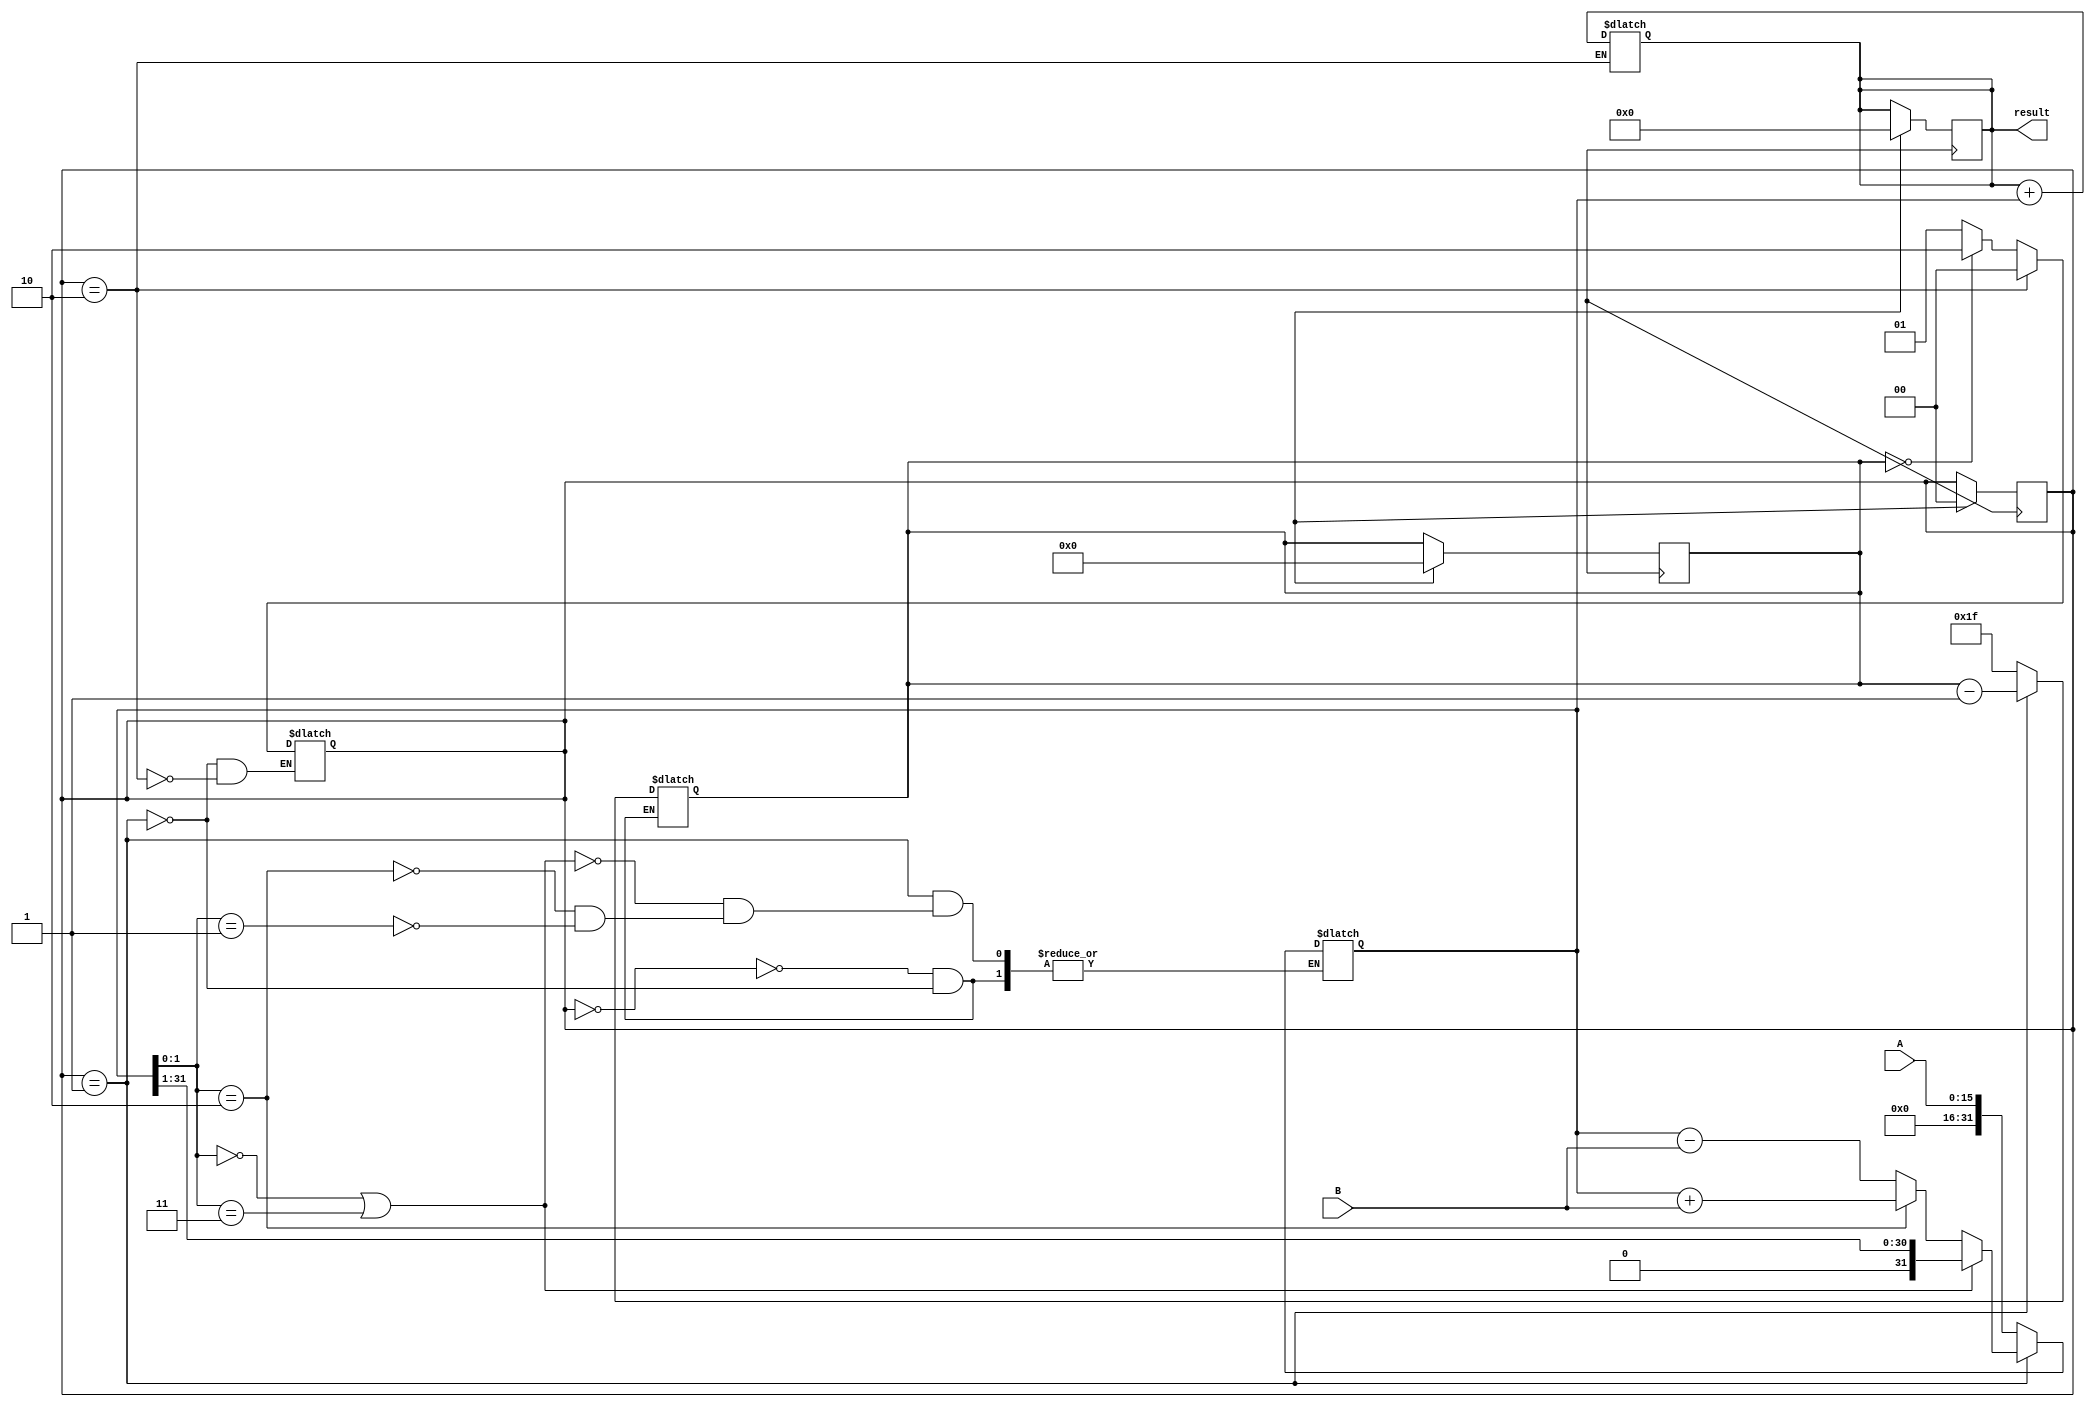
module modified_booth_multiplier(
    input wire [15:0] A,
    input wire [15:0] B,
    output reg [31:0] result
);

reg [31:0] partial_product;
reg [4:0] counter;
reg [1:0] multiplier_state;
reg [31:0] product_sum;

always @(*)
begin
    case(multiplier_state)
        2'b00: begin
                partial_product <= {16'b0, A};
                counter <= 5'b11111;
        end
        2'b01: begin
                if(partial_product[1:0] == 2'b00 || partial_product[1:0] == 2'b11)
                    partial_product <= partial_product >> 1;
                else if(partial_product[1:0] == 2'b10)
                    partial_product <= partial_product + B;
                else if(partial_product[1:0] == 2'b01)
                    partial_product <= partial_product - B;
                
                counter <= counter - 1;
                if(counter == 5'b0)
                    multiplier_state <= 2'b10;
                else
                    multiplier_state <= 2'b01;
        end
        2'b10: begin
                product_sum <= product_sum + partial_product;
                multiplier_state <= 2'b00;
        end
    endcase
end

always @(posedge clk)
begin
    if(reset)
    begin
        multiplier_state <= 2'b00;
        product_sum <= 32'b0;
        counter <= 5'b0;
    end
end

assign result = product_sum;

endmodule